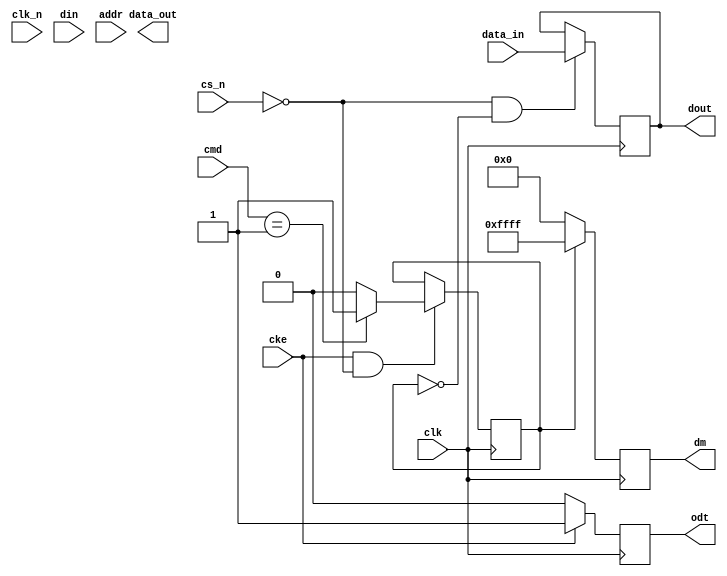
module ddr3_io_block (
    input wire clk,            // DDR3 clock
    input wire clk_n,          // Inverted DDR3 clock
    input wire cke,            // Clock enable
    input wire cs_n,           // Chip select
    input wire [15:0] din,     // Data input (16 bits)
    output reg [15:0] dout,    // Data output (16 bits)
    input wire [12:0] addr,    // Address input
    input wire [2:0] cmd,      // Command input (e.g., READ, WRITE)
    output reg [15:0] dm,      // Data mask
    output reg odt,            // On-die termination
    output reg [15:0] data_out, // Output data to DDR3
    input wire [15:0] data_in   // Input data from DDR3
);

// Parameters for command encoding
localparam CMD_READ = 3'b000;
localparam CMD_WRITE = 3'b001;
localparam CMD_PRECHARGE = 3'b010;

// Internal signals
reg [15:0] data_buffer;
reg [12:0] address_buffer;
reg [2:0] command_buffer;
reg write_enable;

// Write leveling logic (simplified)
always @(posedge clk) begin
    if (cke && !cs_n) begin
        case (cmd)
            CMD_WRITE: begin
                data_buffer <= din; // Capture data on write command
                write_enable <= 1'b1;
            end
            CMD_READ: begin
                write_enable <= 1'b0; // Disable write on read command
            end
            default: begin
                write_enable <= 1'b0; // Default to no write
            end
        endcase
        address_buffer <= addr; // Capture address
        command_buffer <= cmd;   // Capture command
    end
end

// Data output logic
always @(negedge clk) begin
    if (!cs_n && !write_enable) begin
        dout <= data_in; // Latch data from DDR3 on read
    end
end

// Data mask logic (simplified)
always @(posedge clk) begin
    if (write_enable) begin
        dm <= 16'hFFFF; // Enable data mask for write
    end else begin
        dm <= 16'h0000; // Disable data mask
    end
end

// ODT control logic
always @(posedge clk) begin
    if (cke) begin
        odt <= 1'b1; // Enable ODT when clock is enabled
    end else begin
        odt <= 1'b0; // Disable ODT when clock is disabled
    end
end

// Termination control (simplified)
always @(posedge clk) begin
    // Implement termination control logic as needed
end

// Error Detection and Correction (EDC) logic (optional)
always @(posedge clk) begin
    // Implement EDC logic as needed
end

// Slew rate control (simplified)
always @(posedge clk) begin
    // Implement slew rate control logic as needed
end

// Power management (simplified)
always @(posedge clk) begin
    // Implement power management logic as needed
end

endmodule